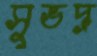
সুভদ্র